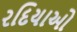
રદિયાઓ